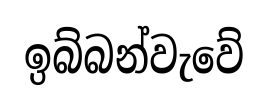
ඉබ්බන්වැවේ